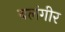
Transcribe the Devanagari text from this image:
बलंगीर